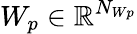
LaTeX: W_{p}\in\mathbb{R}^{N_{Wp}}